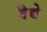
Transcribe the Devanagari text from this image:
वैद्ये